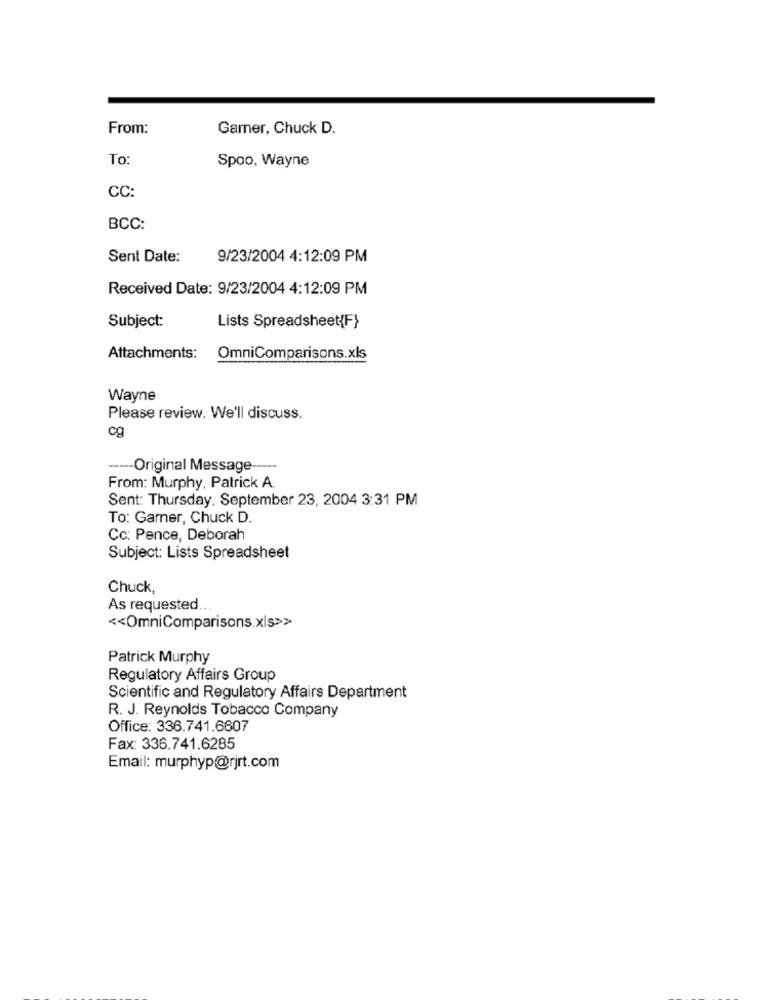
From:
Garner, Chuck D.
To
Spoo, Wayne
CC:
BCC:
Sent Date:
9/23/2004 4:12:09 PM
Received Date: 9/23/2004 4:12:09 PM
Subject:
Lists Spreadsheet{F}
Attachments: OmniComparisons.xls
Wayne
Please review. We'll discuss.
cg
---- Original Message
From: Murphy, Patrick A.
Sent: Thursday. September 23, 2004 3:31 PM
To: Garner, Chuck D.
Cc: Pence, Deborah
Subject: Lists Spreadsheet
Chuck,
As requested ..
<< OmniComparisons.xls>>
Patrick Murphy
Regulatory Affairs Group
Scientific and Regulatory Affairs Department
R. J. Reynolds Tobacco Company
Office: 336.741.6607
Fax: 336.741.6285
Email: murphyp@rjrt.com